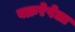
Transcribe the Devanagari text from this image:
वक्ररेषेला